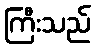
ကြီးသည်